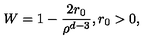
W = 1 - \frac { 2 r _ { 0 } } { \rho ^ { d - 3 } } , r _ { 0 } > 0 ,